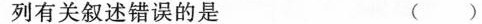
列有关叙述错误的是 ()